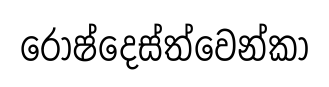
රොෂ්දෙස්ත්වෙන්කා